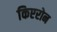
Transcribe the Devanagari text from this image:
किएरोन